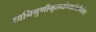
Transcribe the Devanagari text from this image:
ध्वनिगुणीभूतव्यंग्यसंकीर्णभेद